Sketch of the medical history of the native army of Bombay, for the year
Year: 1872
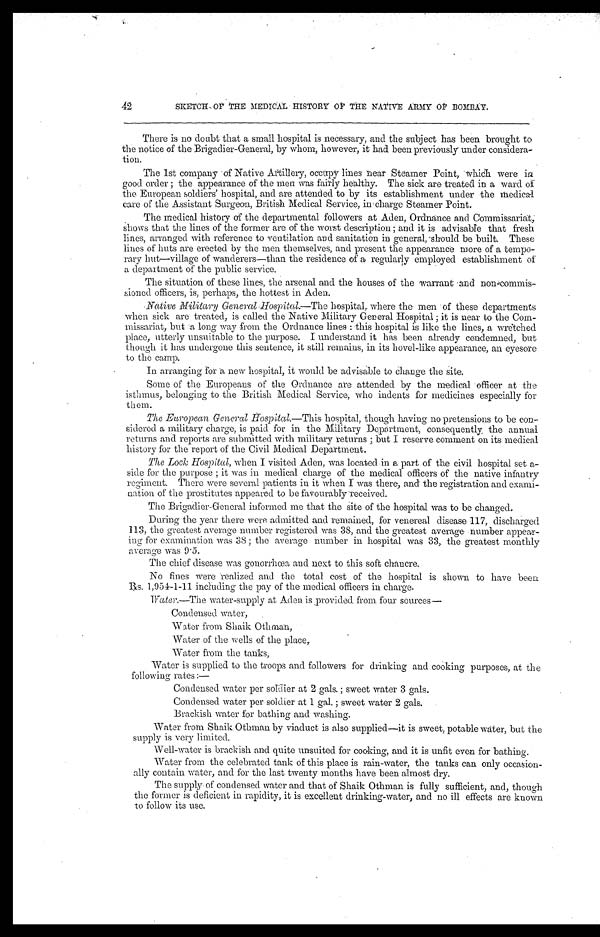
42
SKETCH OF THE MEDICAL HISTORY OF THE NATIVE ARMY OP BOMBAY,
There is no doubts that a small hospital is necessary, and the subject has been brought to
the notice of the Brigadier-General, by whom, however, it had been previously under considera-
tion.
The 1st company of Native Artillery, occupy lines near Stealer Point, which were in
good order ; the appearance of the men was fairly healthy. The sick are treated in a ward of
the European soldiers' hospital, and are attended to by its establishment under the medical
care of the Assistant Surgeon, British Medical Service, in-charge Steamer Point..
The medical history of the departmental followers at Aden, Ordnance and Commissariat ;
shows that the lines of the former are of the worst description ; and it is advisable that fresh
lines, arranged with reference to ventilation and sanitation in general, should be built. These
lines of huts are erected by the men themselves, and present the appearance more of a tempo-
rary hut-village of wanderers—than the residence of a regularly employed establishment of
a department of the public service.
The situation of these lines, the arsenal and the houses of the warrant and
non-commis-sioned officers, is, perhaps, the hottest in Aden.
Native
Military General Hospital.― The hospital, where the men of these departments
when sick are treated, is called the Native Military General Hospital ; it is near to the Com-.
missariat„ but :a long way from the Ordnance lines : this hospital is like the lines, a wretched
place, utterly unsuitable to the purpose. I understand it. has been already condemned, but
though it has undergone this sentence, it still remains, in its hovel-like appearance, an eyesore
to the camp.
In arranging for a new hospital, it would be advisable to Change the site.
Some of the Europeans of the Ordnance are attended by the medical officer at the
isthmus, belonging to the British Medical Service, who indents for medicines especially for
them.
The European- General Hospital.— This hospital, though having no pretensions to be con-
sidered a military charge, is paid for in the Military Depirtment, consequently, the annual
returns and reports are submitted with military returns ; but I reserve comment on its medical
history for the report of the Civil Medical Department.
The Lod Hospital, when I visited Aden, was located in a part of the civil hospital set a-
side for the purpose ; it was in medical charge of the medical officers of the native infantry
regiment. There were several patients in it when I was there, and the registration and exami-
nation of the prostitutes appeared to be favourably received.
The Brigadier-General informed me that the site of the hospital was to be changed.
During the year there were admitted and remained, for venereal disease 117, discharged
113, the greatest average number registered was 38, and the greatest average number
a p p e a r i n g f o r e x a m i n a t i o n w a s 3 8 ;t
h e a v e r a g e
n u m b e r i n h o s p i t a l w a s 3 3 t h e g r e a t e s t m o n t h l y
average was 9.5.
The chief disease was gonorrhœa and next to this soft chancre.
No fines were realized and the total cost of the hospital is shown to have been
1,954-1-11 including the pay of the medical officers in charge.
Wat er . —The water-supply at Aden is provided from four sources—
Condensed water,
Water from Shaik Othœan,
Water of the wells of the place,
Water from the tanks,
Water is supplied. to the troops and followers for drinking and cooking purposes, at the
following rates :—
Condensed water per soldier at 2 gals. ; sweet water 3 gals.
Condensed water per soldier at 1 gal. ; sweet water 2 gals.
Brackish water for bathing and washing.
Water from Shaik Othman by viaduct is also supplied—it is sweet, potable water, but the
supply is very limited.
Well-water is brackish and quite unsuited for cooking, and it is unfit even for bathing.
Water from the celebrated tank of this place is rain-water, the tanks can only occasion-
ally contain water, and for the last twenty months have been almost dry.
The supply of condensed water and that of Shaik Othman is fully sufficient, and, though
the former is deficient in rapidity, it is excellent drinking-water, and no ill effects are known
to follow its use.